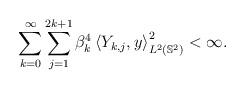
LaTeX: \begin{align*}\sum_{k=0}^\infty\sum_{j=1}^{2k+1}\beta_k^4\left\langle Y_{k,j},y\right\rangle^2_{L^2(\mathbb{S}^2)}<\infty.\end{align*}